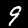
Label: 9